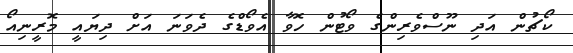
ކޯޗުން އަދި ނޫސްވެރިންގެ ވޯޓުން ހޮވާ އެވޯޑްގެ ދެވަނަ އަށް ދިޔައީ މޮރީނިއޯ